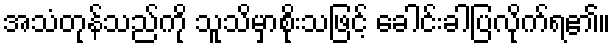
အသံတုန်သည်ကို သူသိမှာစိုးသဖြင့် ခေါင်းခါပြလိုက်ရ၏။